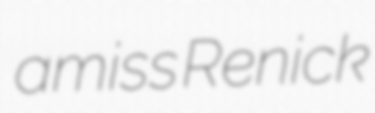
amiss Renick